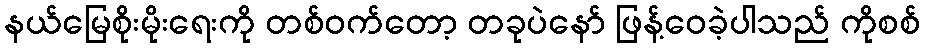
နယ်မြေစိုးမိုးရေးကို တစ်ဝက်တော့ တခုပဲနော် ဖြန့်ဝေခဲ့ပါသည် ကိုစစ်